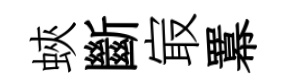
蛺斷㝡羃